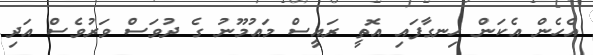
އެހެން އެކަން ހިނގާފައި އޮތީ ރައީސް މައުމޫނު ގެ ދުވަސް ވަރުވެސް އަަދި